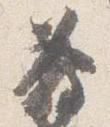
発